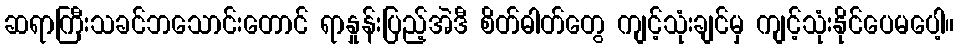
ဆရာကြီးသခင်ဘသောင်းတောင် ရာနှုန်းပြည့်အဲဒီ စိတ်ဓါတ်တွေ ကျင့်သုံးချင်မှ ကျင့်သုံးနိုင်ပေမပေါ့။